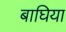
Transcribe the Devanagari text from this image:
बाघिया